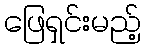
ဖြေရှင်းမည့်